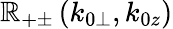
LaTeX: \mathbb{R}_{+\pm}\left(k_{0\perp},k_{0z}\right)